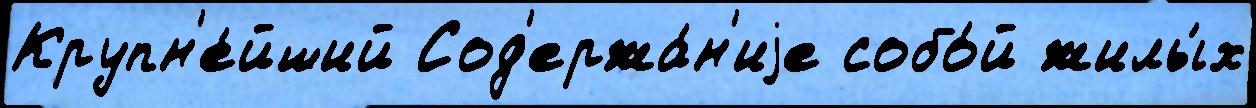
Крупн'е́йший Сод'ержа́н'иjе собо́й жилы́х